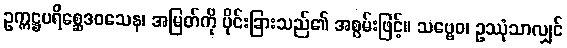
ဥက္ကဋ္ဌပရိစ္ဆေဒဝသေန၊ အမြတ်ကို ပိုင်းခြားသည်၏ အစွမ်းဖြင့်။ သဗ္ဗေဝ၊ ဥဿုံသာလျှင်